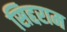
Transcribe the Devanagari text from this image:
सिद्दराम